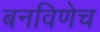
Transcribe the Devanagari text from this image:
बनविणेच